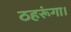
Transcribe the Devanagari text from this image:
ठहरूंगा।